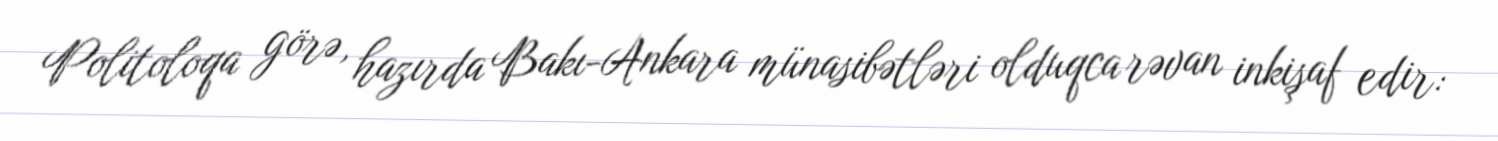
Politoloqa görə, hazırda Bakı-Ankara münasibətləri olduqca rəvan inkişaf edir: